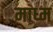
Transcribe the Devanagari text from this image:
माध्म